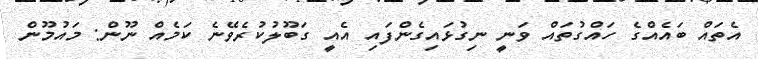
އެތައް ބައެއްގެ ހައްގުތައް ވަނީ ނިގުޅައިގެންފައި އެއީ ގަބޫލުކުރެވޭނެ ކަމެއް ނޫން: މައުމޫން